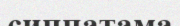
сиппатама